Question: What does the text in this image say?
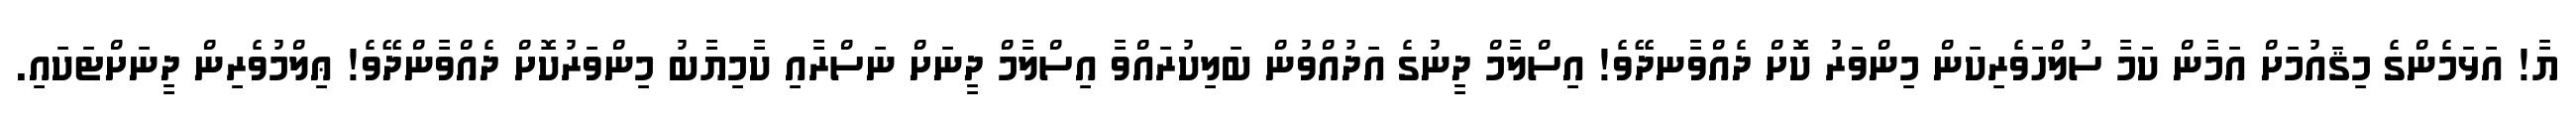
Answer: ޔާ! އަޅަމެންގެ މިޤައުމަށް އަމާން ކަމާ ސުލްހަވެރިކަން މިންވަރު ކޮށް ދެއްވާނދޭވެ! އިސްލާމް ދީނުގެ އަދުއްވުން ބަލިކުރައްވާ އިސްލާމް ދީނަށް ނަސްރާއި ކާމިޔާބު މިންވަރުކޮށް ދެއްވާންދޭވެ! ޢިލްމުވެރިން ދީނަށްޓަކައި.